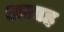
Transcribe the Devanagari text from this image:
अजाह